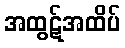
အထွဋ်အထိပ်